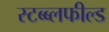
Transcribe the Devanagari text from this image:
स्टब्ब्लफील्ड